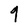
Character: 9